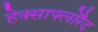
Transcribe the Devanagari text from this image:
हेक्साफ्लोरैद